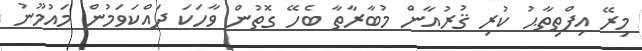
މިރޭ އިފްތިތާޙު ކުރި ޤުރުއާން މުބާރާތާ ބެހޭ ގޮތުން ވާހަކަ ދައްކަވަމުން މައުމޫނު